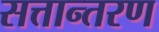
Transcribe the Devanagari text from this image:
सत्तान्तरण